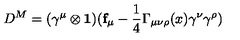
D ^ { M } = ( \gamma ^ { \mu } \otimes \mathbf { 1 } ) ( \mathbf { f } _ { \mu } - \frac { 1 } { 4 } \Gamma _ { \mu \nu \rho } ( x ) \gamma ^ { \nu } \gamma ^ { \rho } )